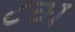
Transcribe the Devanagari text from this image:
८व्ध